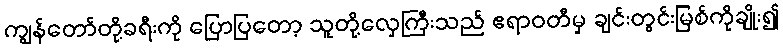
ကျွန်တော်တို့ခရီးကို ပြောပြတော့ သူတို့လှေကြီးသည် ဧရာဝတီမှ ချင်းတွင်းမြစ်ကိုချိုး၍